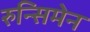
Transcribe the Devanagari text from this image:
रुन्सिमेन